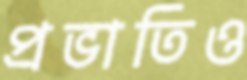
প্রভাতিও